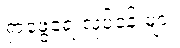
ရှာဖွေရေးလုပ်ငန်းများ